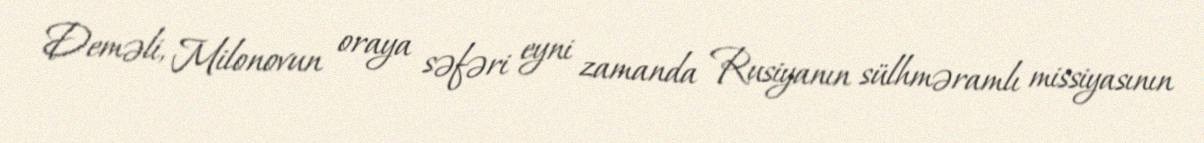
Deməli, Milonovun oraya səfəri eyni zamanda Rusiyanın sülhməramlı missiyasının